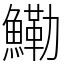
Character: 鰳